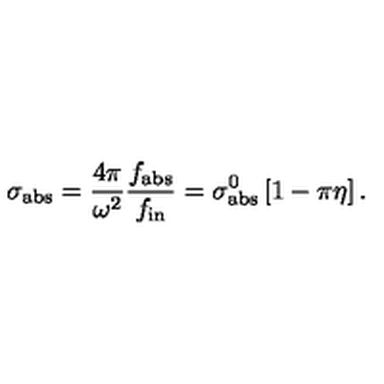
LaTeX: \sigma _ { \mathrm { a b s } } = { \frac { 4 \pi } { \omega ^ { 2 } } } { \frac { f _ { \mathrm { a b s } } } { f _ { \mathrm { i n } } } } = \sigma _ { \mathrm { a b s } } ^ { 0 } \left[ 1 - \pi \eta \right] .